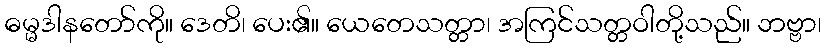
ဓမ္မဒါနတော်ကို။ ဒေတိ၊ ပေး၏။ ယေတေသတ္တာ၊ အကြင်သတ္တဝါတို့သည်။ ဘဗ္ဗာ၊